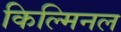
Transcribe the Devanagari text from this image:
किल्मिनल